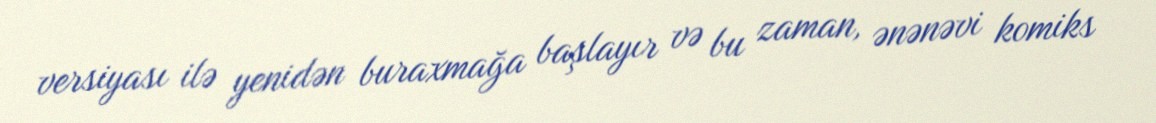
versiyası ilə yenidən buraxmağa başlayır və bu zaman, ənənəvi komiks